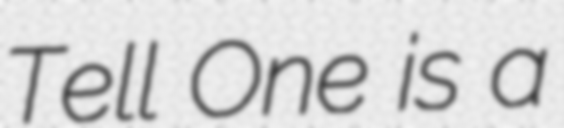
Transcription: Tell One is a